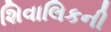
શિવાલિકની